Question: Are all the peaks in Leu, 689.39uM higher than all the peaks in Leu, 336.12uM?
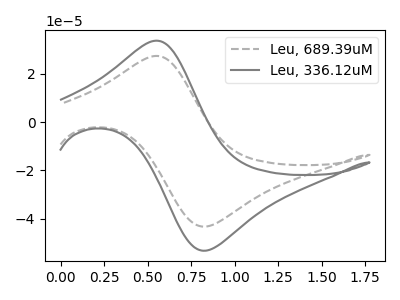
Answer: <think>The gray dashed curve "Leu, 689.39uM" has an anodic peak at (0.55V, 27.40uA) and a cathodic peak at (0.85V, -43.25uA). The gray curve "Leu, 336.12uM" has an anodic peak at (0.55V, 33.70uA) and a cathodic peak at (0.85V, -53.25uA).</think>
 <answer>Every peak in "Leu, 689.39uM" is lower than every peak in "Leu, 336.12uM".</answer>
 <eval>lower</eval>